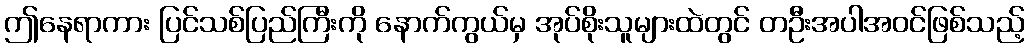
ဤနေရာကား ပြင်သစ်ပြည်ကြီးကို နောက်ကွယ်မှ အုပ်စိုးသူများထဲတွင် တဦးအပါအဝင်ဖြစ်သည့်